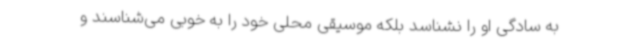
به سادگی او را نشناسد بلکه موسیقی محلی خود را به خوبی می‌شناسند و